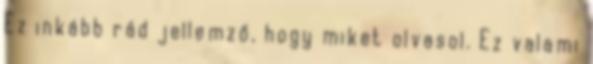
Ez inkább rád jellemző, hogy miket olvasol. Ez valami